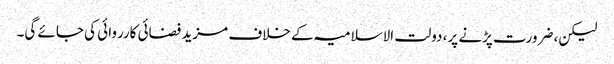
لیکن، ضرورت پڑنے پر، دولت الاسلامیہ کے خلاف مزید فضائی کارروائی کی جائے گی۔